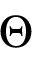
\Theta